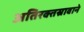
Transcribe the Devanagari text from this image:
अतिरक्तस्रावाने